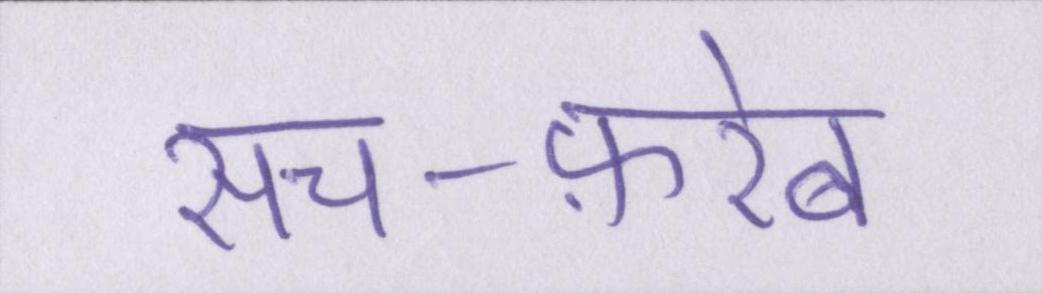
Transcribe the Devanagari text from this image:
सच-फ़रेब